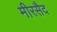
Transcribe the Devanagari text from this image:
मीरसैद